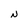
Character: N